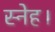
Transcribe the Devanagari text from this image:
स्नेह।